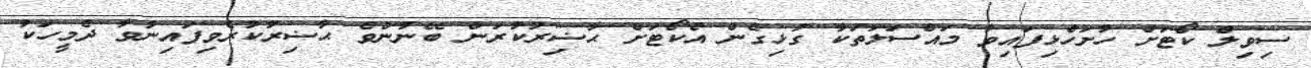
ސިވިލް ކޯޓަށް ހުށަހެޅިފައިވާ މައްސަލަތަކާ ގުޅިގެން އެކޯޓަށް ޙާޟިރުކުރަން ބޭނުންވެ ޙާޟިރުކުރެވިފައިނުވާ ދެމީހަކު